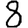
Digit: 8